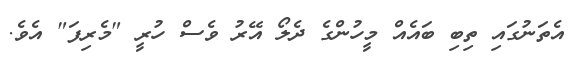
އެތަނުގައި ތިބި ބައެއް މީހުންގެ ދެލޯ އޭރު ވެސް ހުރީ "މެރިފަ" އެވެ.